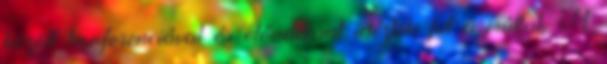
között konferenciával és előadással idézték fel a múltat. A